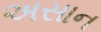
અસાન